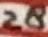
Text: 28